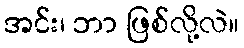
အင်း၊ ဘာ ဖြစ်လို့လဲ။